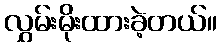
လွှမ်းမိုးထားခဲ့တယ်။